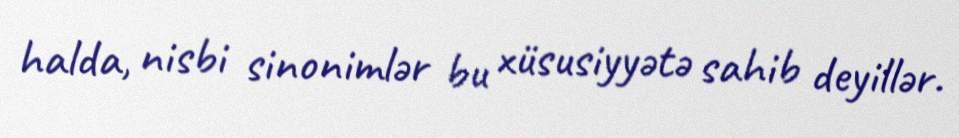
halda, nisbi sinonimlər bu xüsusiyyətə sahib deyillər.